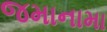
જમાનામા